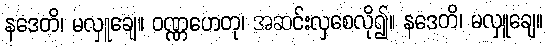
နဒေတိ၊ မလှူချေ။ ဝဏ္ဏဟေတု၊ အဆင်းလှစေလို၍။ နဒေတိ၊ မလှူချေ။